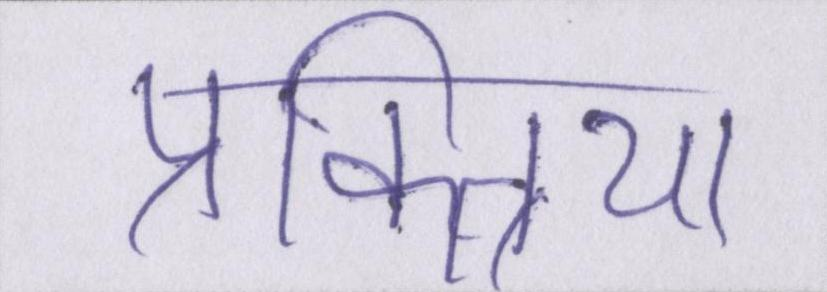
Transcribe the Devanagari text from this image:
प्रक्त्रिया